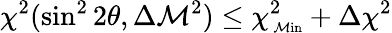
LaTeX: \chi^{2}(\sin^{2}2\theta,\Delta\mathcal{M}^{2})\leq\chi_{\mathrm{{\scriptsize~\mathcal{M}in}}}^{2}+\Delta\chi^{2}